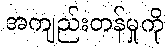
အကျည်းတန်မှုကို